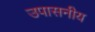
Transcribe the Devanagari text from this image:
उपासनीय